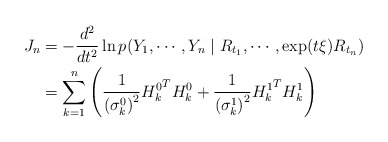
\begin{align*}J_n&=-\frac{d^2}{dt^2} \ln p(Y_1,\cdots, Y_n\mid R_{t_1},\cdots ,\exp(t\xi)R_{t_n})\\& = \sum_{k=1}^n \left( \frac{1}{\left( \sigma_k^0 \right)^2} {H_k^0}^T H_k^0 + \frac{1}{\left( \sigma_k^1 \right)^2} {H_k^1}^T H_k^1 \right)\end{align*}